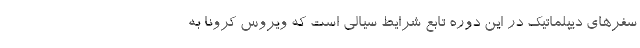
سفرهای دیپلماتیک در این دوره تابع شرایط سیالی است که ویروس کرونا به